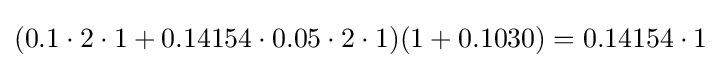
(0.1\cdot 2\cdot 1+0.14154\cdot 0.05\cdot 2\cdot 1)(1+0.1030)=0.14154\cdot 1